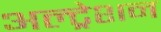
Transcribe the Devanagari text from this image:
अल्ट्रेशन